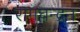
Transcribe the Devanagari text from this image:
रामचन्‍द्रन